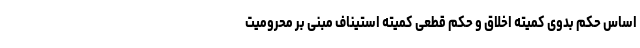
اساس حکم بدوی کمیته اخلاق و حکم قطعی کمیته استیناف مبنی بر محرومیت